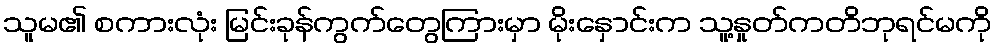
သူမ၏ စကားလုံး မြင်းခုန်ကွက်တွေကြားမှာ မိုးနှောင်းက သူ့နှုတ်ကတိဘုရင်မကို